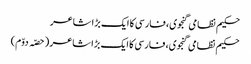
حکیم نظامی گنجوی، فارسی کا ایک بڑا شاعر
حکیم نظامی گنجوی، فارسی کا ایک بڑا شاعر (حصّہ دوّم)